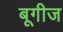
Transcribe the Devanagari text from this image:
बूगीज